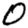
Digit: 0